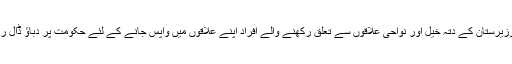
شمالی وزیرستان کے دتہ خیل اور نواحی علاقوں سے تعلق رکھنے والے افراد اپنے علاقوں میں واپس جانے کے لئے حکومت پر دباؤ ڈال رہے ہیں۔